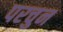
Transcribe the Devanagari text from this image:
परचुन